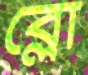
ব্লো